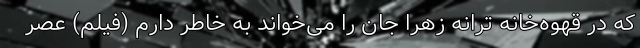
که در قهوه‌خانه ترانه زهرا جان را می‌خواند به خاطر دارم (فیلم) عصر